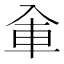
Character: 𰃚